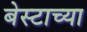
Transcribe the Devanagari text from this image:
बेस्टाच्या